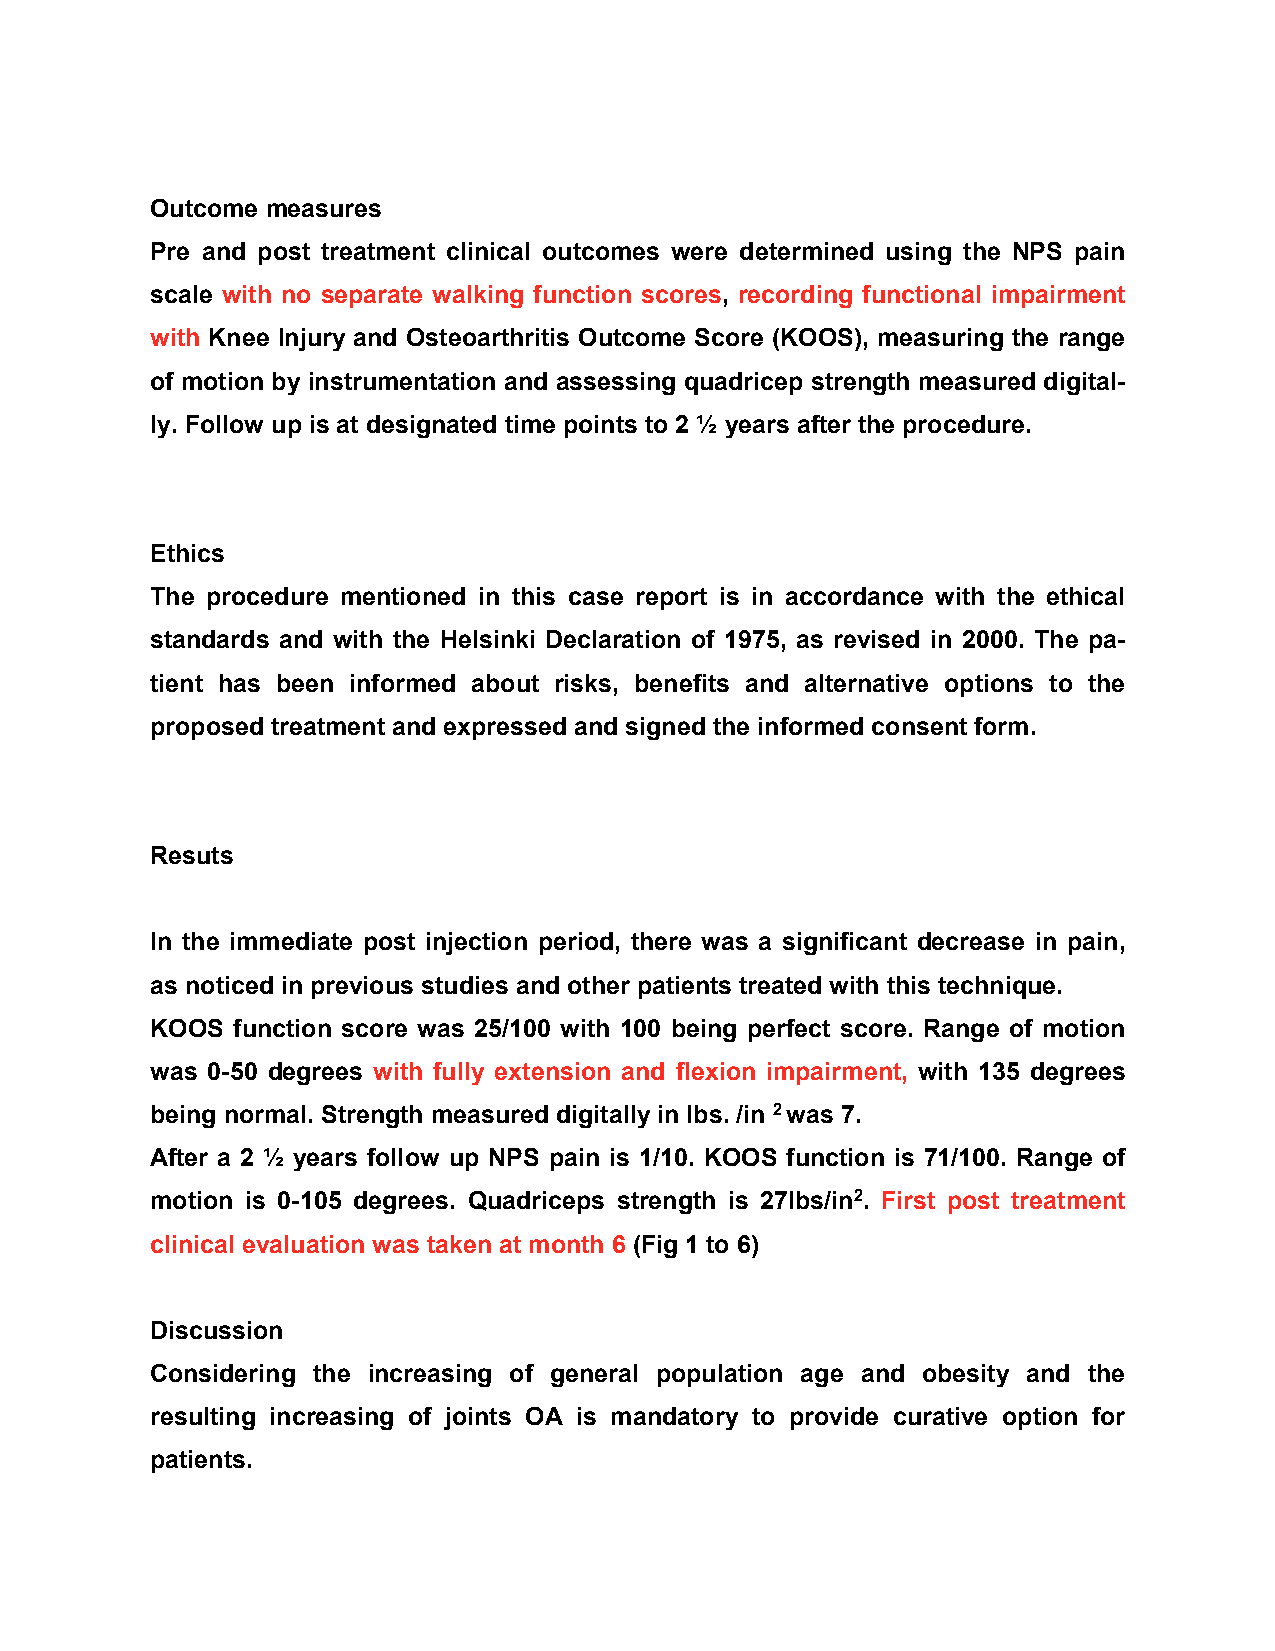
Outcome measures
 Pre and post treatment clinical outcomes were determined using the NPS pain
 scale with no separate walking function scores, recording functional impairment
 with Knee Injury and Osteoarthritis Outcome Score (KOOS), measuring the range
 of motion by instrumentation and assessing quadricep strength measured digital-
 ly. Follow up is at designated time points to 2 ½ years after the procedure.
 Ethics
 The procedure mentioned in this case report is in accordance with the ethical
 standards and with the Helsinki Declaration of 1975, as revised in 2000. The pa-
 tient has been informed about risks, benefits and alternative options to the
 proposed treatment and expressed and signed the informed consent form.
 Resuts
 In the immediate post injection period, there was a significant decrease in pain,
 as noticed in previous studies and other patients treated with this technique.
 KOOS function score was 25/100 with 100 being perfect score. Range of motion
 was 0-50 degrees with fully extension and flexion impairment, with 135 degrees
 being normal. Strength measured digitally in lbs. /in 2 was 7.
 After a 2 ½ years follow up NPS pain is 1/10. KOOS function is 71/100. Range of
 motion is 0-105 degrees. Quadriceps strength is 27lbs/in2. First post treatment
 clinical evaluation was taken at month 6 (Fig 1 to 6)
 Discussion
 Considering the increasing of general population age and obesity and the
 resulting increasing of joints OA is mandatory to provide curative option for
 patients.